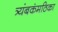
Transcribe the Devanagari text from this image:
त्र्यंबकंमठिका